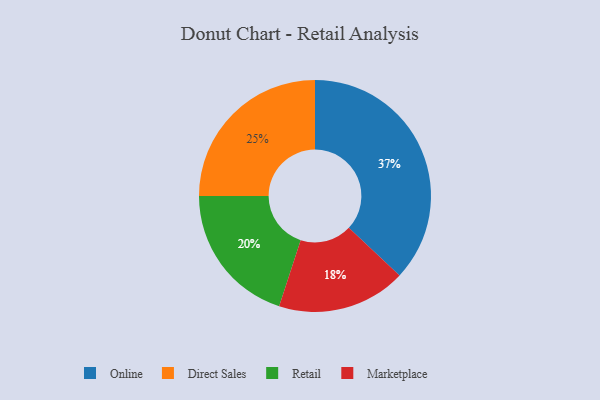
{"axis": {"x": "Category", "y": "Percentage"}, "legend": ["Direct Sales", "Marketplace", "Online", "Retail"], "data": [{"x": "Retail", "y": 20, "type": "Retail"}, {"x": "Direct Sales", "y": 25, "type": "Direct Sales"}, {"x": "Online", "y": 37, "type": "Online"}, {"x": "Marketplace", "y": 18, "type": "Marketplace"}]}